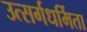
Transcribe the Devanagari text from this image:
उत्सर्गधर्मिता